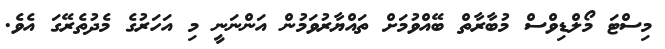
މިސްޓަ މޯލްޑިވްސް މުބާރާތް ބޭއްވުމަށް ތައްޔާރުވަމުން އަންނަނީ މި އަހަރުގެ މެދުތެރޭގަ އެވެ.